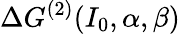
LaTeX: \Delta G^{(2)}(I_{0},\alpha,\beta)